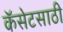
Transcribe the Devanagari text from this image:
कॅसेटसाठी